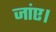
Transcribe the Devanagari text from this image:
जांए।